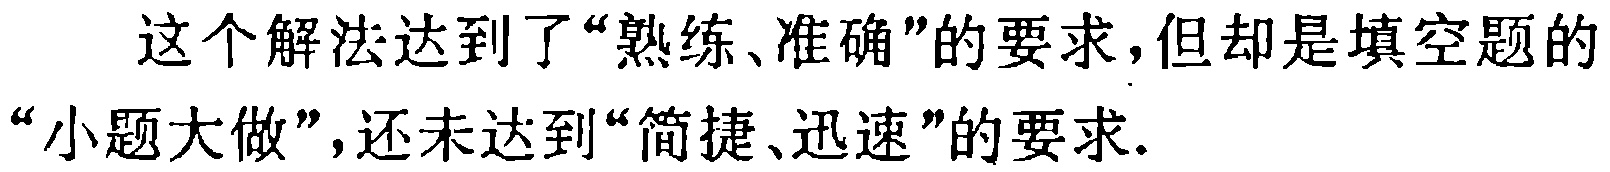
这个解法达到了“熟练、准确”的要求,但却是填空题的“小题大做”,还未达到“简捷、迅速”的要求.